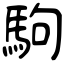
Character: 駒